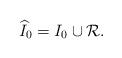
LaTeX: \begin{align*}\widehat{I}_0=I_0\cup \mathcal{R}.\end{align*}